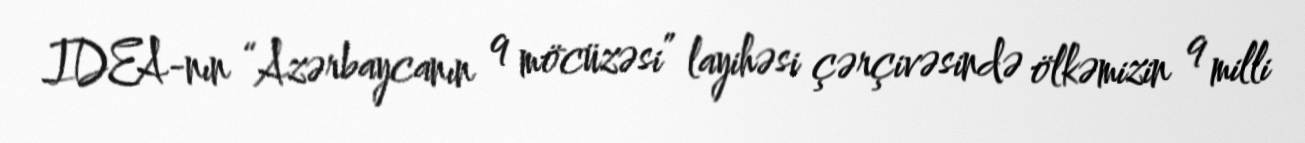
IDEA-nın “Azərbaycanın 9 möcüzəsi” layihəsi çərçivəsində ölkəmizin 9 milli